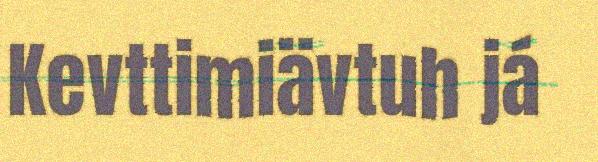
Kevttimiävtuh já